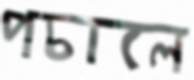
পচালে